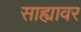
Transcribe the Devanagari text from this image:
साह्यावर